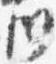
川